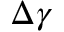
\Delta \gamma